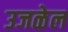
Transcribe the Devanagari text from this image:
उजळेल